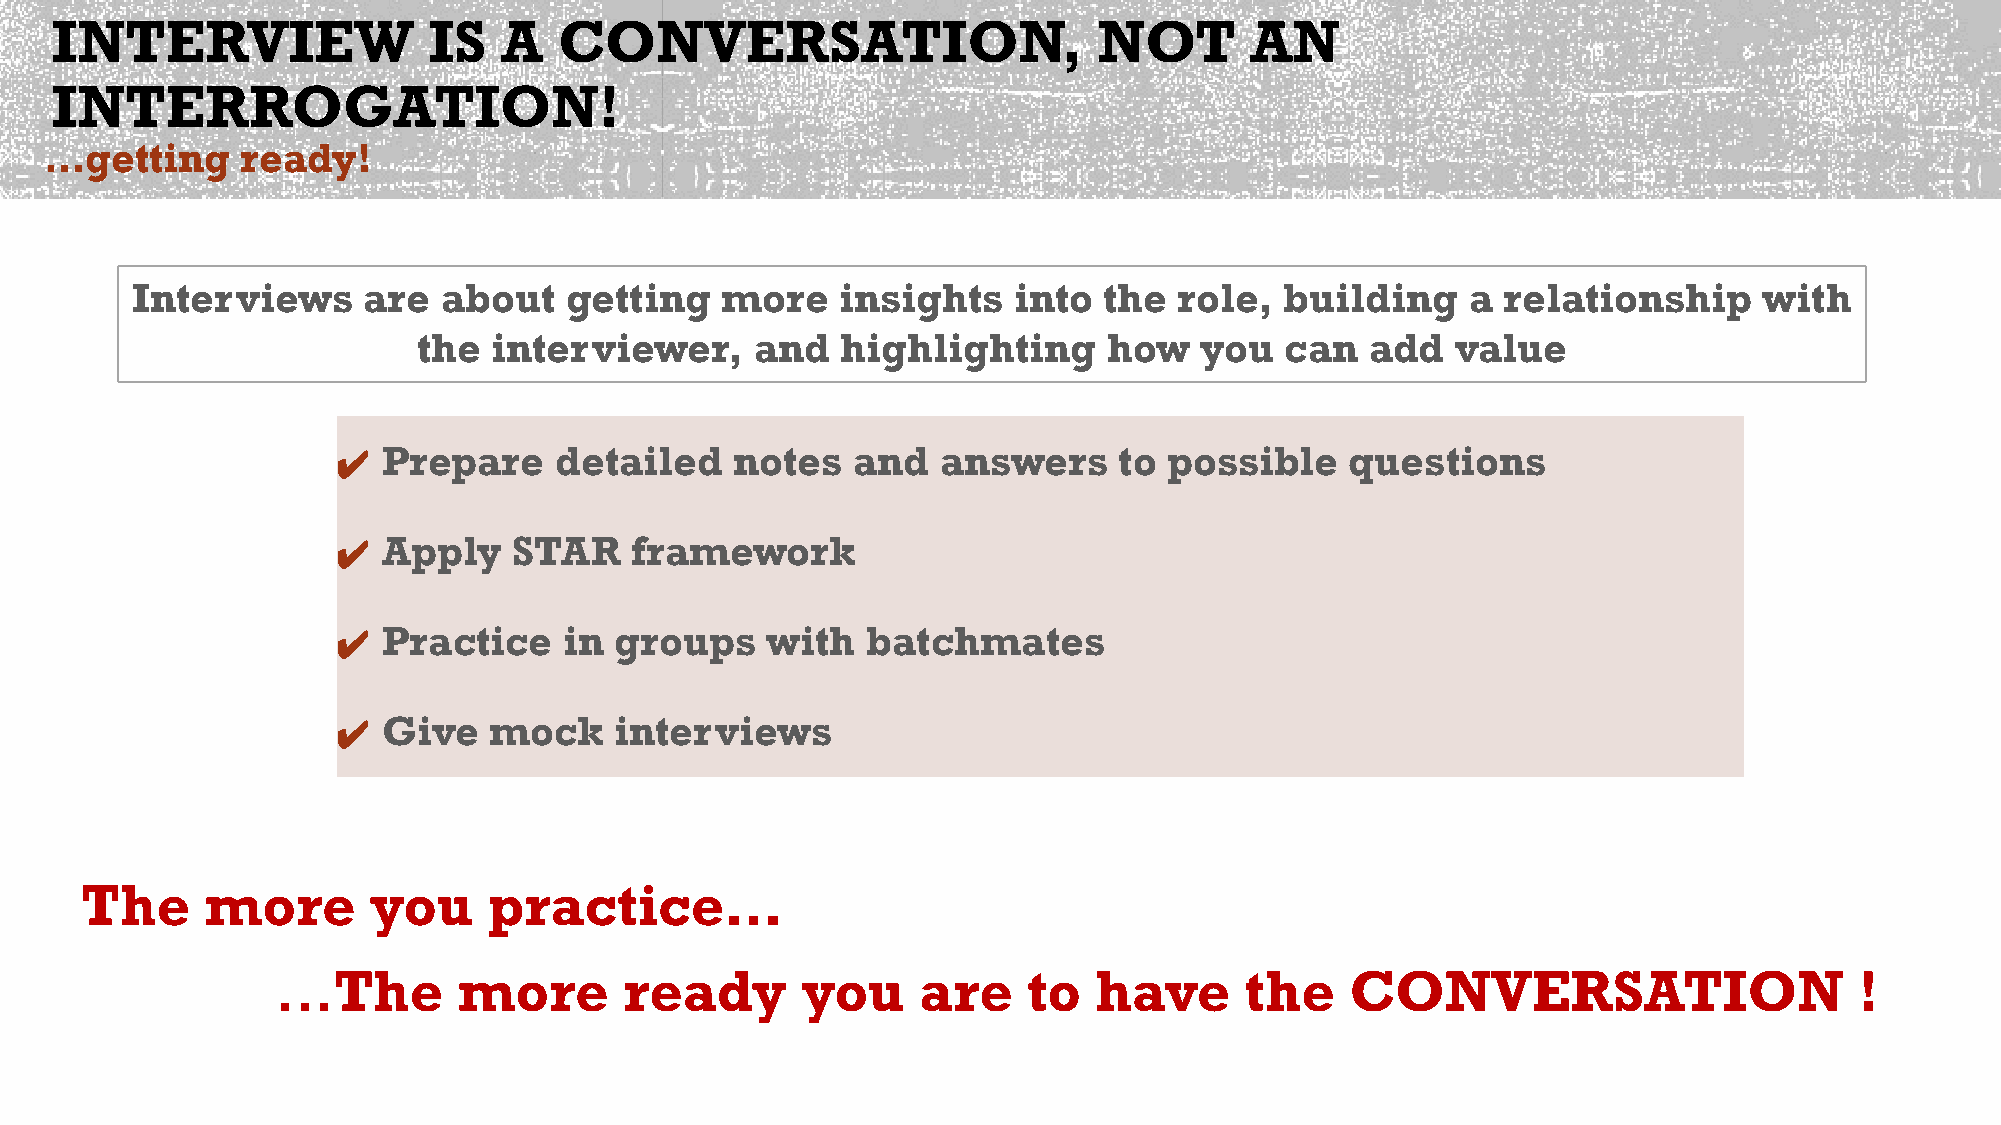
INTERVIEW                IS   A   CONVERSATION,                       NOT       AN
 INTERROGATION!
 …getting     ready!
 Interviews     are  about   getting    more    insights   into  the  role,  building    a relationship      with
 the  interviewer,     and   highlighting     how   you   can   add  value
 Prepare     detailed    notes  and   answers     to possible    questions
 ✔
 Apply    STAR    framework
 ✔
 Practice    in  groups    with  batchmates
 ✔
 Give   mock     interviews
 ✔
 The      more      you     practice…
 …The        more       ready       you     are    to  have      the    CONVERSATION                      !